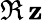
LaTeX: \Re\, \mathbf{z}